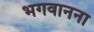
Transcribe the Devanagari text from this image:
भगवानना